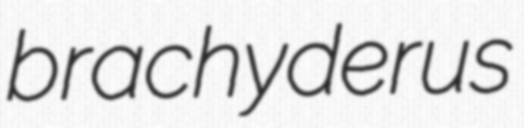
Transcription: brachyderus